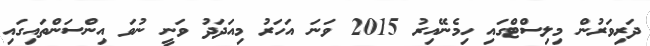
ދަރިވަރުން މިލިސްޓްގައި ހިމެނޭއިރު 2015 ވަނަ އަހަރު މިއަދަދު ވަނީ ނުވަ އިންސަންތައިގައި